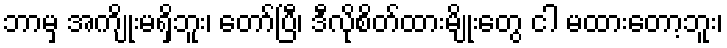
ဘာမှ အကျိုးမရှိဘူး၊ တော်ပြီ၊ ဒီလိုစိတ်ထားမျိုးတွေ ငါ မထားတော့ဘူး၊